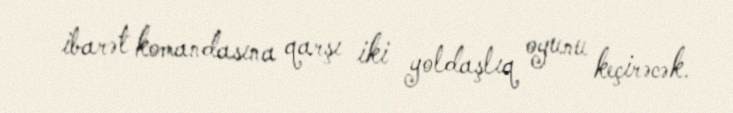
ibarət komandasına qarşı iki yoldaşlıq oyunu keçirəcək.